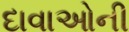
દાવાઓની